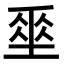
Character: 𡍮